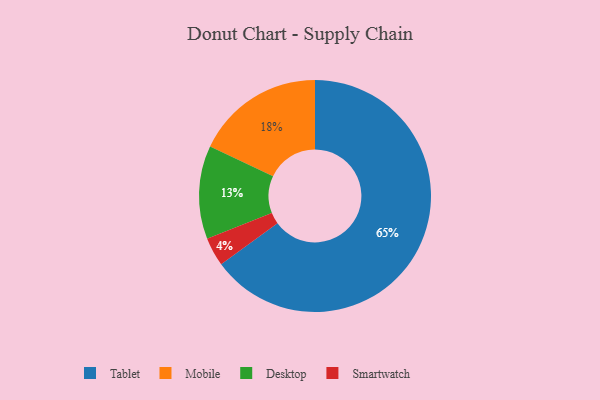
{"axis": {"x": "Category", "y": "Percentage"}, "legend": ["Desktop", "Mobile", "Smartwatch", "Tablet"], "data": [{"x": "Smartwatch", "y": 4, "type": "Smartwatch"}, {"x": "Mobile", "y": 18, "type": "Mobile"}, {"x": "Tablet", "y": 65, "type": "Tablet"}, {"x": "Desktop", "y": 13, "type": "Desktop"}]}